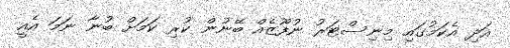
އަދި އެކަމުގައި މިނިސްޓަރު ނުފޫޒެއް ބޭނުން ކުރި ކަމަށް ބުނާ ނަމަ އެއީ